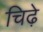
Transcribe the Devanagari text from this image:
चिढ़े